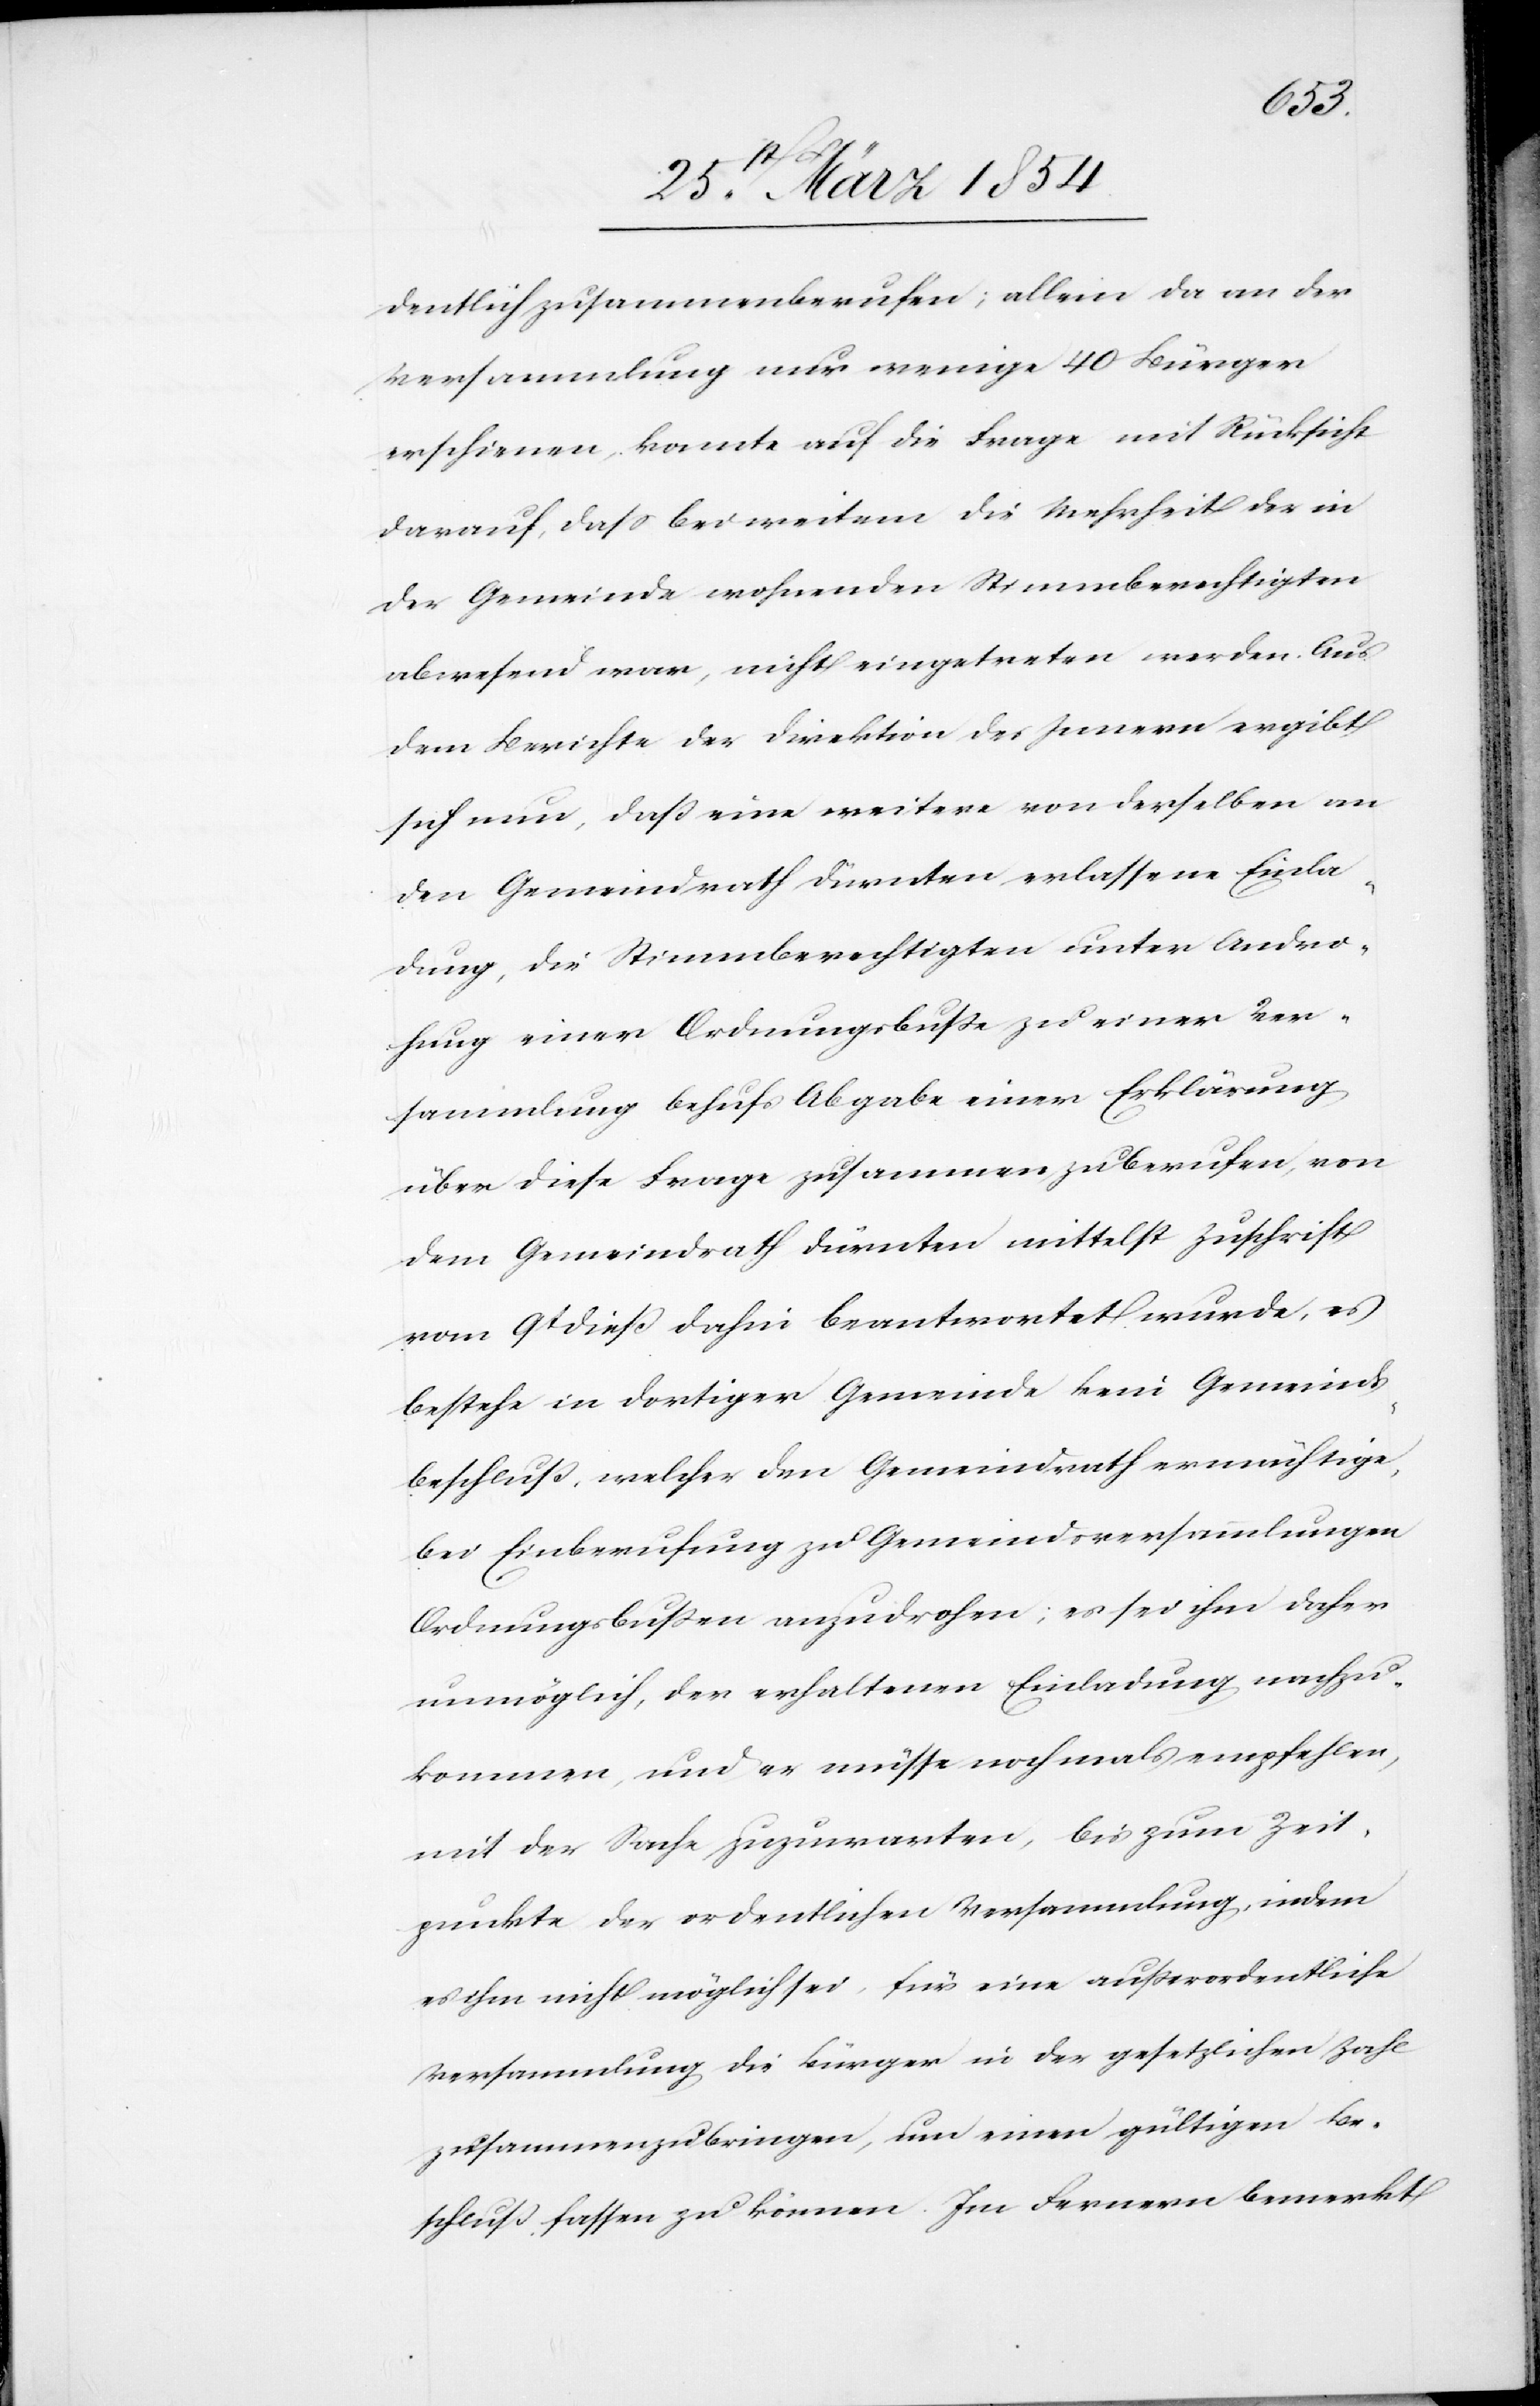
dentlich zusammenberufen; vorallem da an der
Versammlung nur wenige 40 Bürger
erschienen, konnte auf die Frage mit Rücksicht
darauf, daß bei weitem die Mehrheit der in
der Gemeinde wohnenden Stimmberechtigten
abwesend war, nicht eingetreten werden. Aus
dem Berichte der Direktion des Innern ergibt
sich nun, daß eine weitere von derselben an
den Gemeindrath Dürnten erlassene Einla¬
dung, die Stimmberechtigten unter Andro¬
hung einer Ordnungsbuße zu einer Ver¬
sammlung behufs Abgabe einer Erklärung
über diese Frage zusammen zu berufen, von
dem Gemeindrath Dürnten mittelst Zuschrift
vom 9t dieß dahin beantwortet wurde, es
bestehe in dortiger Gemeinde kein Gemeinds¬
beschluß, welcher den Gemeindrath ermächtige,
bei Einberufung zu Gemeindsversammlungen
Ordnungsbußen anzudrohen; es sei ihm daher
unmöglich, der erhaltenen Einladung nachzu¬
kommen, und er müsse nochmals empfehlen,
mit der Sache zuzuwarten, bis zum Zeit¬
punkte der ordentlichen Versammlung, indem
es ihm nicht möglich sei, für eine außerordentliche
Versammlung die Bürger in der gesetzlichen Zahl
zusammenzubringen, um einen gültigen Be¬
schluß fassen zu können. Im Fernern bemerkt